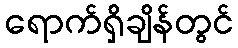
ရောက်ရှိချိန်တွင်